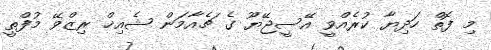
މި ފޮތް ހަަދިޔާ ކުރެއްވީ އޭސީޖޭޔޫ ގެ ޗެއާމަން ޝެއިޚް ރިޒްވޭ މުފްތީ